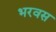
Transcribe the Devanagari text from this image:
भरवस